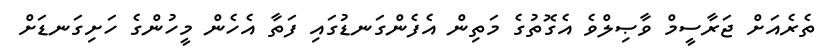
ތެރެއަށް ޖަރާސީމް ވާޞިލްވެ އެގޮތުގެ މަތިން އެފެންގަނޑުގައި ފަތާ އެހެން މީހުންގެ ހަށިގަނޑަށް